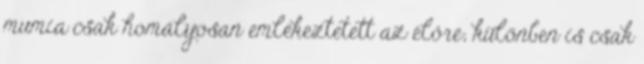
mumia csak homályosan emlékeztetett az élőre; különben is csak